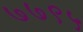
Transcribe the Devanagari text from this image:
७७९५